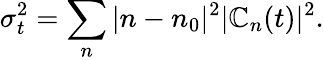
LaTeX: \sigma_{t}^{2}=\sum_{n}|n-n_{0}|^{2}|\mathbb{C}_{n}(t)|^{2}.